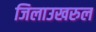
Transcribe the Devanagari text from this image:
जिलाउखरुल